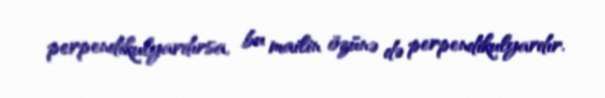
perpendikulyardırsa, bu mailin özünə də perpendikulyardır.